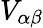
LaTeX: V_{\alpha\beta}